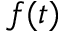
f ( t )